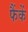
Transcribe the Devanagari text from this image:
फैंकें